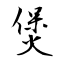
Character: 煲